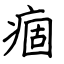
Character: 痼